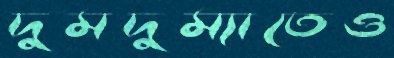
দুমদুম্যাতেও